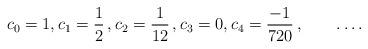
LaTeX: \begin{align*}c_0 = 1, c_1 = \frac{1}{2}\, , c_2 = \frac{1}{12} \, , c_3 = 0, c_4 = \frac{-1}{720} \, , \qquad\dots.\end{align*}